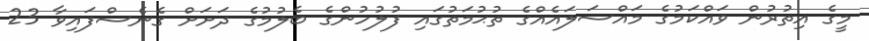
މީގެ އިތުރުން ވައްކަމުގެ މައްސަލައެއްގެ ތުޙުމަތުގައި ފުލުހުންގެ ބެލުމުގެ ދަށަށް ގެނެސްފައިވާ 23